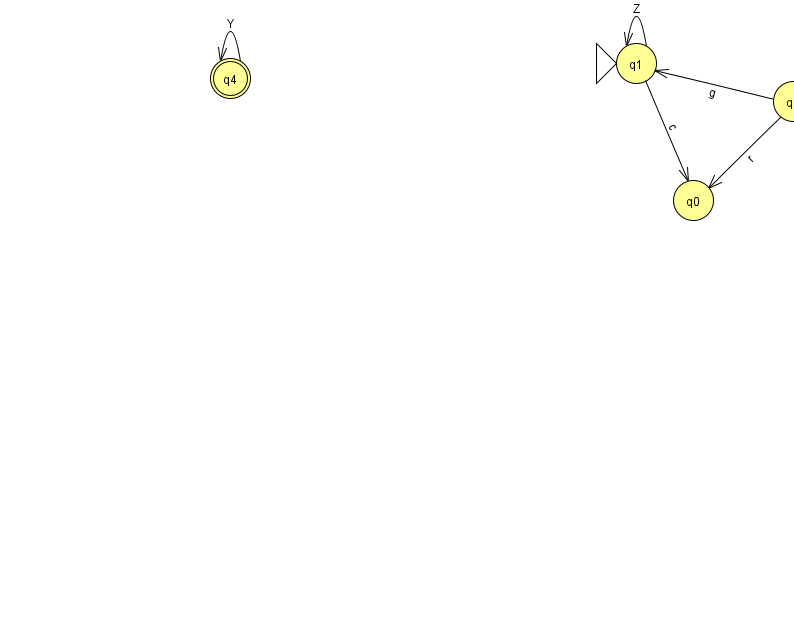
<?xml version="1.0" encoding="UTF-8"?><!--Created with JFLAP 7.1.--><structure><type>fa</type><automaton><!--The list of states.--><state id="0" name="q0"><x>693.0</x><y>187.0</y></state><state id="1" name="q1"><x>636.0</x><y>50.0</y><initial/></state><state id="2" name="q2"><x>916.0</x><y>169.0</y></state><state id="3" name="q3"><x>793.0</x><y>88.0</y></state><state id="4" name="q4"><x>230.0</x><y>65.0</y><final/></state><!--The list of transitions.--><transition><from>3</from><to>0</to><read>r</read></transition><transition><from>3</from><to>2</to><read>v</read></transition><transition><from>3</from><to>1</to><read>g</read></transition><transition><from>4</from><to>4</to><read>Y</read></transition><transition><from>1</from><to>1</to><read>Z</read></transition><transition><from>1</from><to>0</to><read>c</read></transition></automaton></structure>